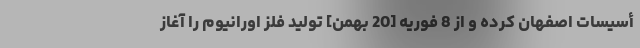
أسیسات اصفهان کرده و از 8 فوریه [20 بهمن] تولید فلز اورانیوم را آغاز